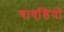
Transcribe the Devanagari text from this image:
बावडि़यों